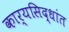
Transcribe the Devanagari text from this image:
कार्यसिद्धांत